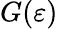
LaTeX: G(\varepsilon)